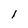
Character: l